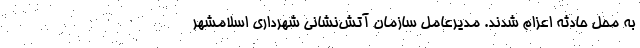
به محل حادثه اعزام شدند. مدیرعامل سازمان آتش‌نشانی شهرداری اسلامشهر